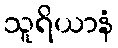
သူရိယာနံ